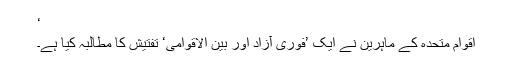
‘
اقوام متحدہ کے ماہرین نے ایک ’فوری آزاد اور بین الاقوامی‘ تفتیش کا مطالبہ کیا ہے۔